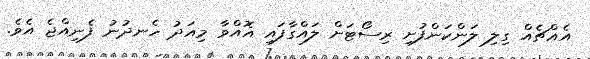
އެއްޗެއް ގިލި ލަންކަންފުށި ރިސޯޓަށް ލައްގާފައި އޮއްވާ މިއަދު ހެނދުނު ފެނިއްޖެ އެވެ.